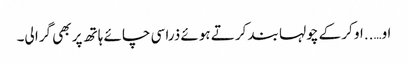
او…..او کر کے چولہا بند کرتے ہوئے ذرا سی چائے ہاتھ پر بھی گرا لی۔